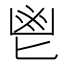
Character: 鬯